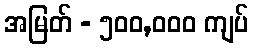
အမြတ် - ၅၀၀,၀၀၀ ကျပ်